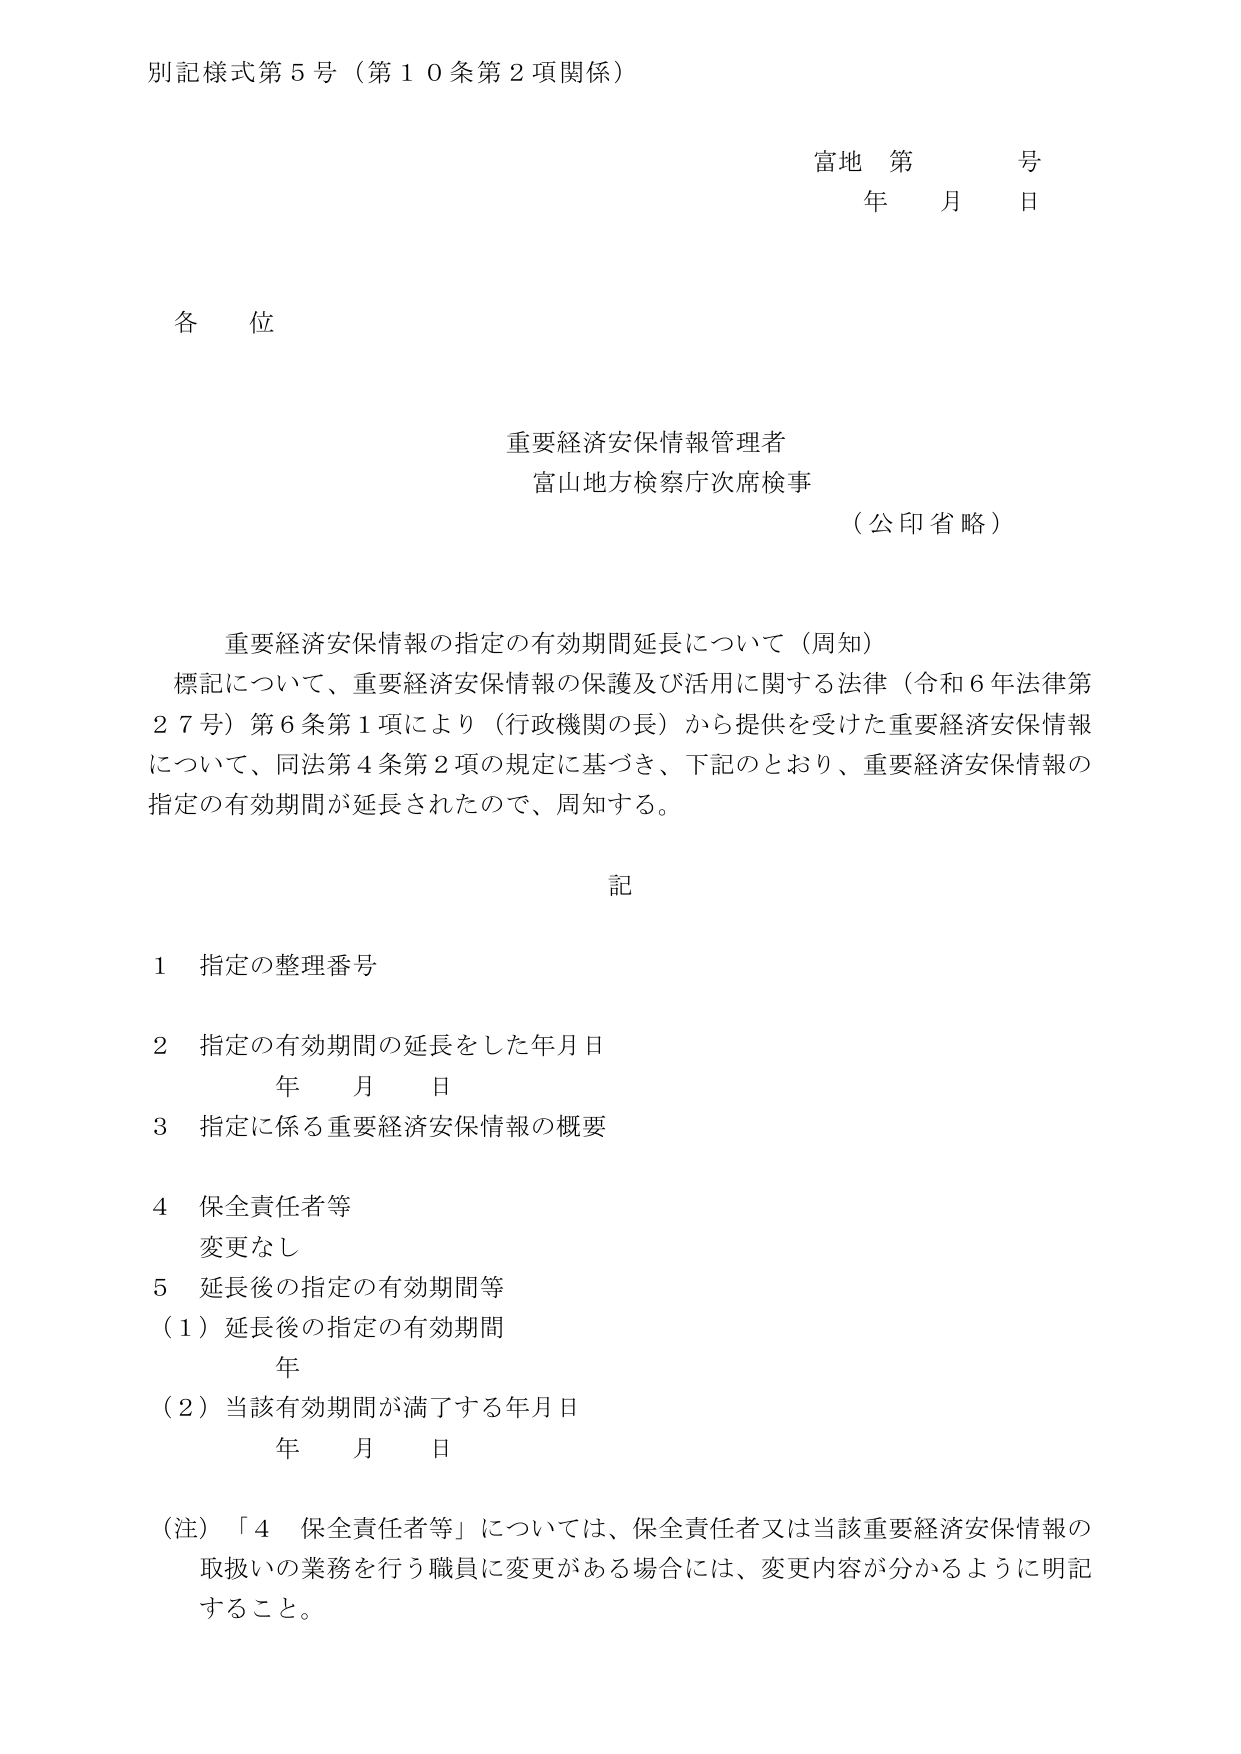
別記様式第５号（第１０条第２項関係）

富地 第 号
年 月 日

各位

重要経済安保情報管理者
富山地方検察庁次席検事
（公印省略）

重要経済安保情報の指定の有効期間延長について（周知）
標記について、重要経済安保情報の保護及び活用に関する法律（令和６年法律第２７号）第６条第１項により（行政機関の長）から提供を受けた重要経済安保情報について、同法第４条第２項の規定に基づき、下記のとおり、重要経済安保情報の指定の有効期間が延長されたので、周知する。

記

１ 指定の整理番号
２ 指定の有効期間の延長をした年月日
　　年 月 日
３ 指定に係る重要経済安保情報の概要
４ 保全責任者等
　　変更なし
５ 延長後の指定の有効期間等
　　（１）延長後の指定の有効期間
　　　　年
　　（２）当該有効期間が満了する年月日
　　　　年 月 日

（注）「４ 保全責任者等」については、保全責任者又は当該重要経済安保情報の取扱いの業務を行う職員に変更がある場合には、変更内容が分かるように明記すること。